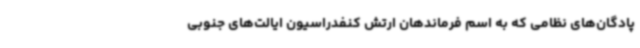
پادگان‌های نظامی که به اسم فرماندهان ارتش کنفدراسیون ایالت‌های جنوبی